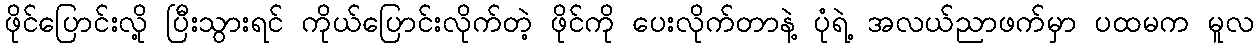
ဖိုင်ပြောင်းလို့ ပြီးသွားရင် ကိုယ်ပြောင်းလိုက်တဲ့ ဖိုင်ကို ပေးလိုက်တာနဲ့ ပုံရဲ့ အလယ်ညာဖက်မှာ ပထမက မူလ